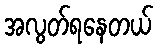
အလွတ်ရနေတယ်